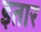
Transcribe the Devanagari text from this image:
इतार